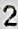
2